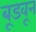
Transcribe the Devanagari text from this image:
बूडवून